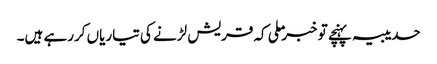
حدیبیہ پہنچے تو خبر ملی کہ قریش لڑنے کی تیاریاں کررہے ہیں۔